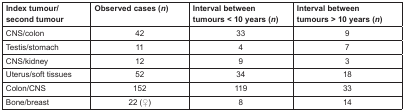
<table><thead><tr><td><b>Index tumour/second tumour</b></td><td><b>Observed cases (n)</b></td><td><b>Interval between tumours &lt; 10 years (n)</b></td><td><b>Interval between tumours &gt; 10 years (n)</b></td></tr></thead><tbody><tr><td>CNS/colon</td><td>42</td><td>33</td><td>9</td></tr><tr><td>Testis/stomach</td><td>11</td><td>4</td><td>7</td></tr><tr><td>CNS/kidney</td><td>12</td><td>9</td><td>3</td></tr><tr><td>Uterus/soft tissues</td><td>52</td><td>34</td><td>18</td></tr><tr><td>Colon/CNS</td><td>152</td><td>119</td><td>33</td></tr><tr><td>Bone/breast</td><td>22 (♀)</td><td>8</td><td>14</td></tr></tbody></table>